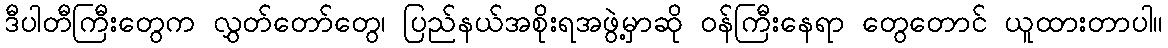
ဒီပါတီကြီးတွေက လွှတ်တော်တွေ၊ ပြည်နယ်အစိုးရအဖွဲ့မှာဆို ဝန်ကြီးနေရာ တွေတောင် ယူထားတာပါ။